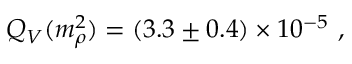
Q _ { V } ( m _ { \rho } ^ { 2 } ) = ( 3 . 3 \pm 0 . 4 ) \times 1 0 ^ { - 5 } \ ,